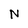
Character: N